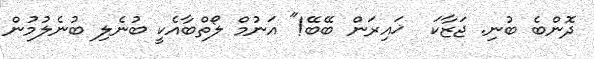
ދޮންބެ ބުނި. ޖަޒާކަ  ޚައިރަން ބޭބޭ!" އަނުމް ލޯތްބާއެކީ ބުނެލި ބުނެލުމުން